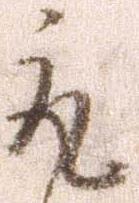
取